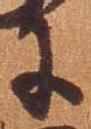
于